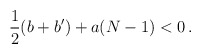
\begin{align*} \frac12(b+b')+a(N-1)<0\,.\end{align*}